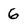
Character: 6